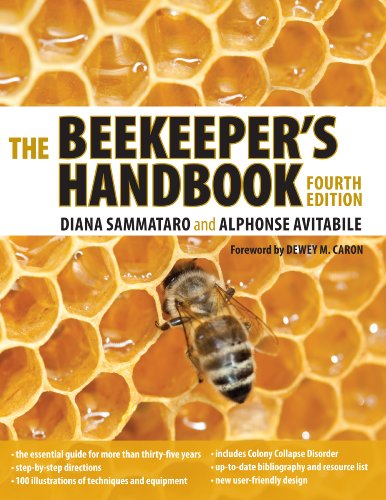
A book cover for The Beekeeper's Handbook; Diana Sammataro; Science & Math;